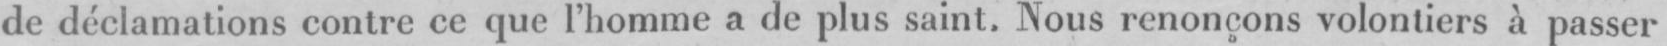
de déclamations contre ce que l’homme a de plus saint. Nous renonçons volontiers à passer